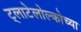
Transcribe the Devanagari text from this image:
ट्लाटेलोल्कोच्या